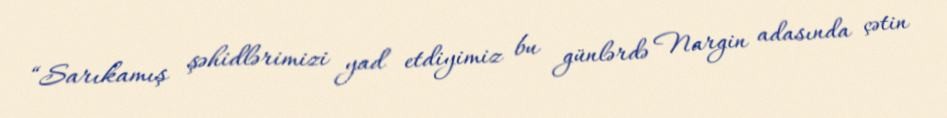
“Sarıkamış şəhidlərimizi yad etdiyimiz bu günlərdə Nargin adasında çətin